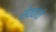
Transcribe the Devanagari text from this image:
सेवकाचे